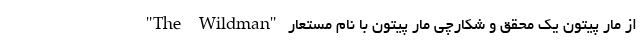
از مار پیتون یک محقق و شکارچی مار پیتون با نام مستعار "The Wildman"